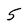
Character: 5